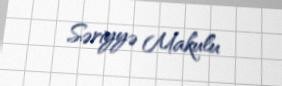
Səriyyə Makulu